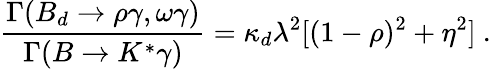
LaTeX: \frac{\Gamma(B_{d}\to\rho\gamma,\omega\gamma)}{\Gamma(B\to K^{*}\gamma)}=\kappa_{d}\lambda^{2}[(1-\rho)^{2}+\eta^{2}]~.